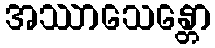
အဿာသေန္တော